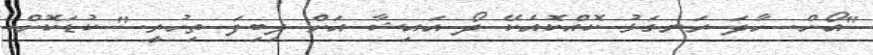
"އޯހް. ހާދަ ރަނގަޅު ކޮއްކޮއެކޭ ދޯ އައިޝާ އަށް ލިބިފަ ތިހުރީ." ކުޑަކޮށް